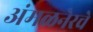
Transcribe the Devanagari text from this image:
अंमळनेरचे